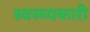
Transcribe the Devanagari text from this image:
स्वस्थ्यकारी